Vao_vallavalitsus, lk 9
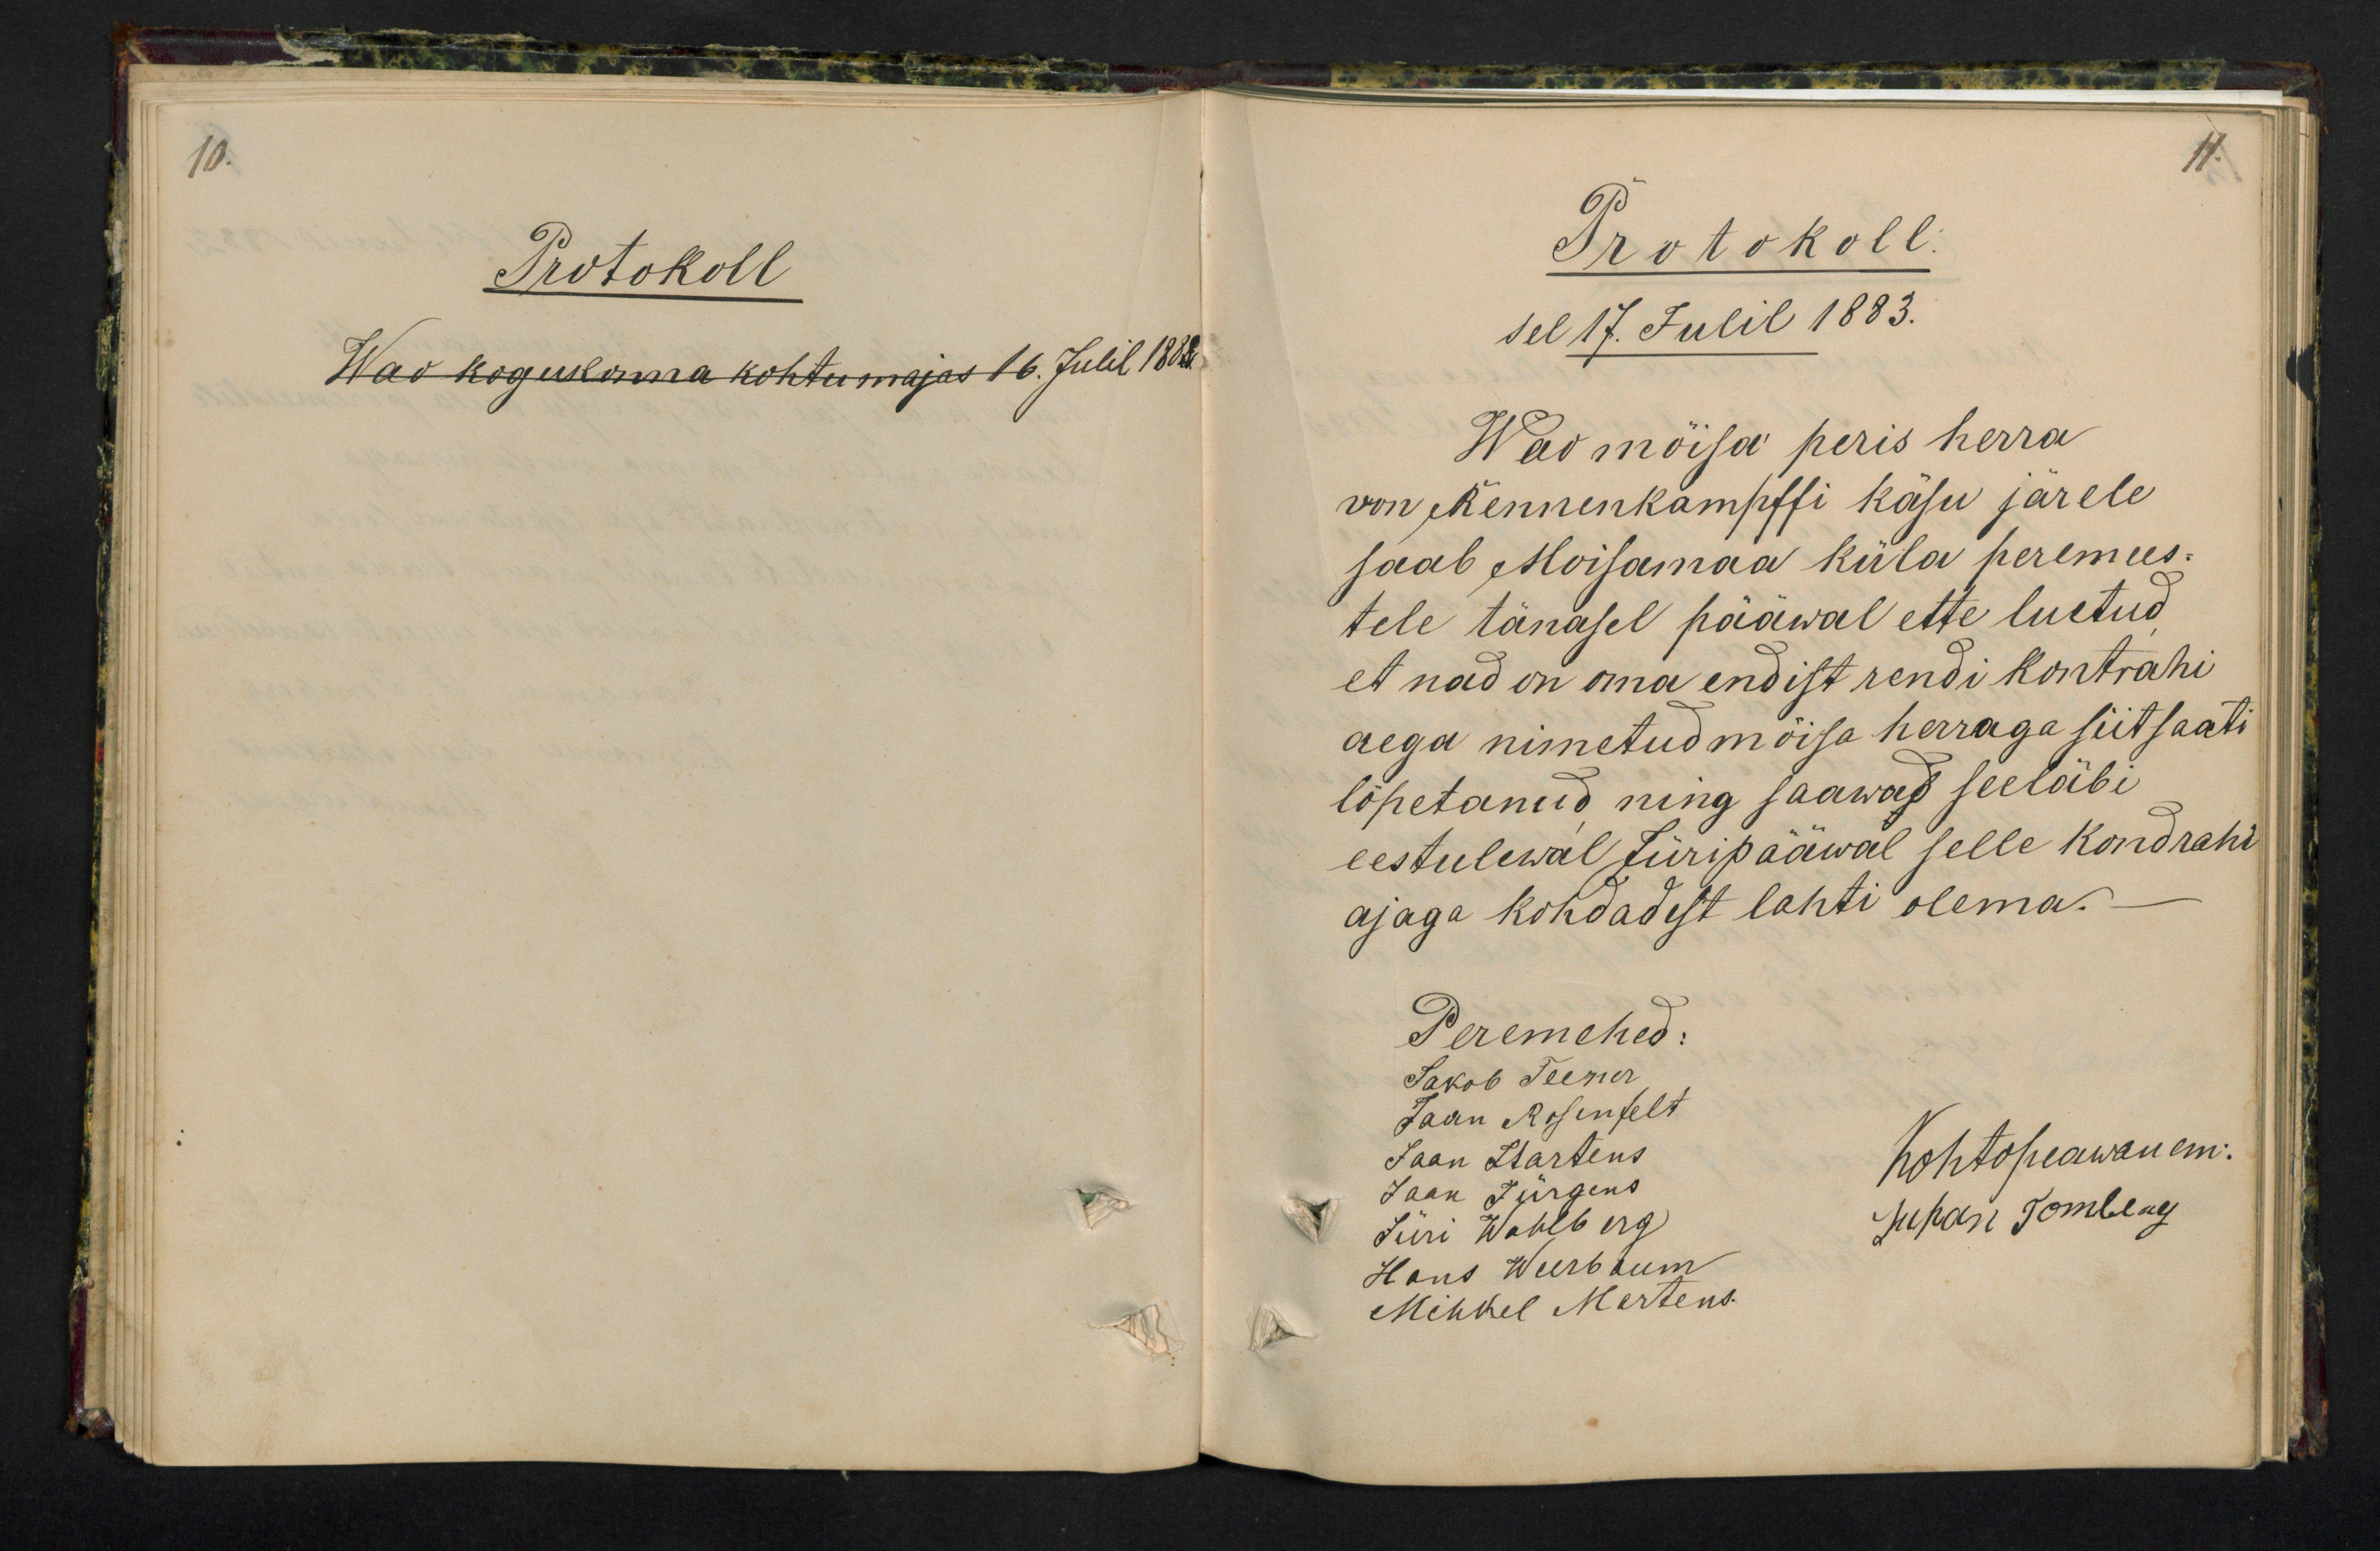
10.
Protokoll
Wao kogukonna kohtumajas 16. Julil 1882.

11.
Protokoll.
sel 17. Julil 1883.
Wao mõisa peris herra
von Rennenkampffi käsu järele
saab Moisamaa küla peremees.
tele tänasel pääwal ette luetud
et nad on oma endist rendi kontrahi
aega nimetud mõisa herraga siit saati
lõpetanud ning saawad seeläbi
eestulewal Jüripääwal selle kondrahi
ajaga kohdadest lahti olema.
Peremehed:
Sakob Teener
Jaan Rosenfelt
Jaan Martens
Kohtopeawanem:
Jaan Jürgens
Jüri Wahlberg
Juhan Tomberg
Hans Weerbaum
Mihkel Martens.